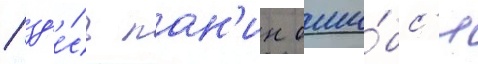
/ зд'е́сь пан'ин оши́бс'я